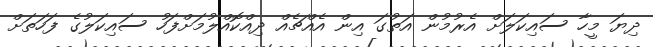
ދިޔަ މީހާ ސައިކަލަށް އެރުމުން އަތުގަ އިން އެއްޗެއް ދިއްކޮއްލުމަށްފަހު ސައިކަލުގެ ފަހަތަށް